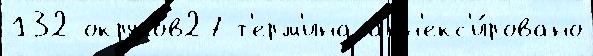
132 округов27 т'ерм'ина анн'екс'и́ровано